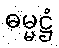
ဓမ္မဋ္ဌံ